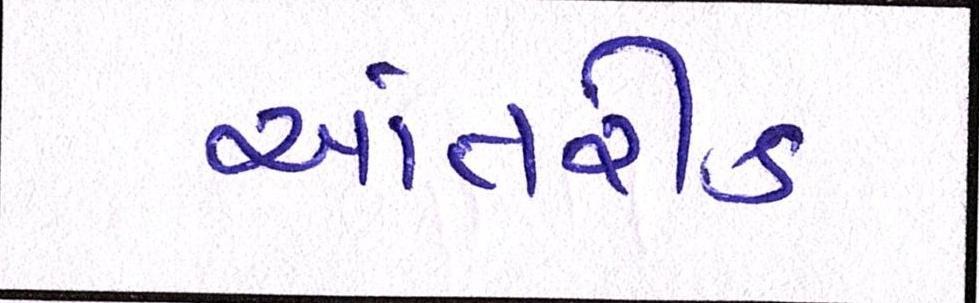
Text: આંતરીક